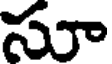
సూ